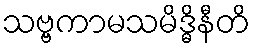
သဗ္ဗကာမသမိဒ္ဓိနီတိ